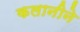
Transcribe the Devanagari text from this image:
कलानीने